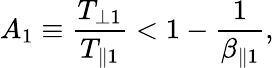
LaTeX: A_{1}\equiv\frac{T_{\perp 1}}{T_{\parallel 1}}<1-\frac{1}{\beta_{\parallel 1}},